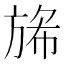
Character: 𭤺